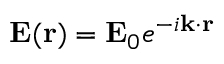
\mathbf { E } ( \mathbf { r } ) = \mathbf { E } _ { 0 } e ^ { - i \mathbf { k } \cdot \mathbf { r } }